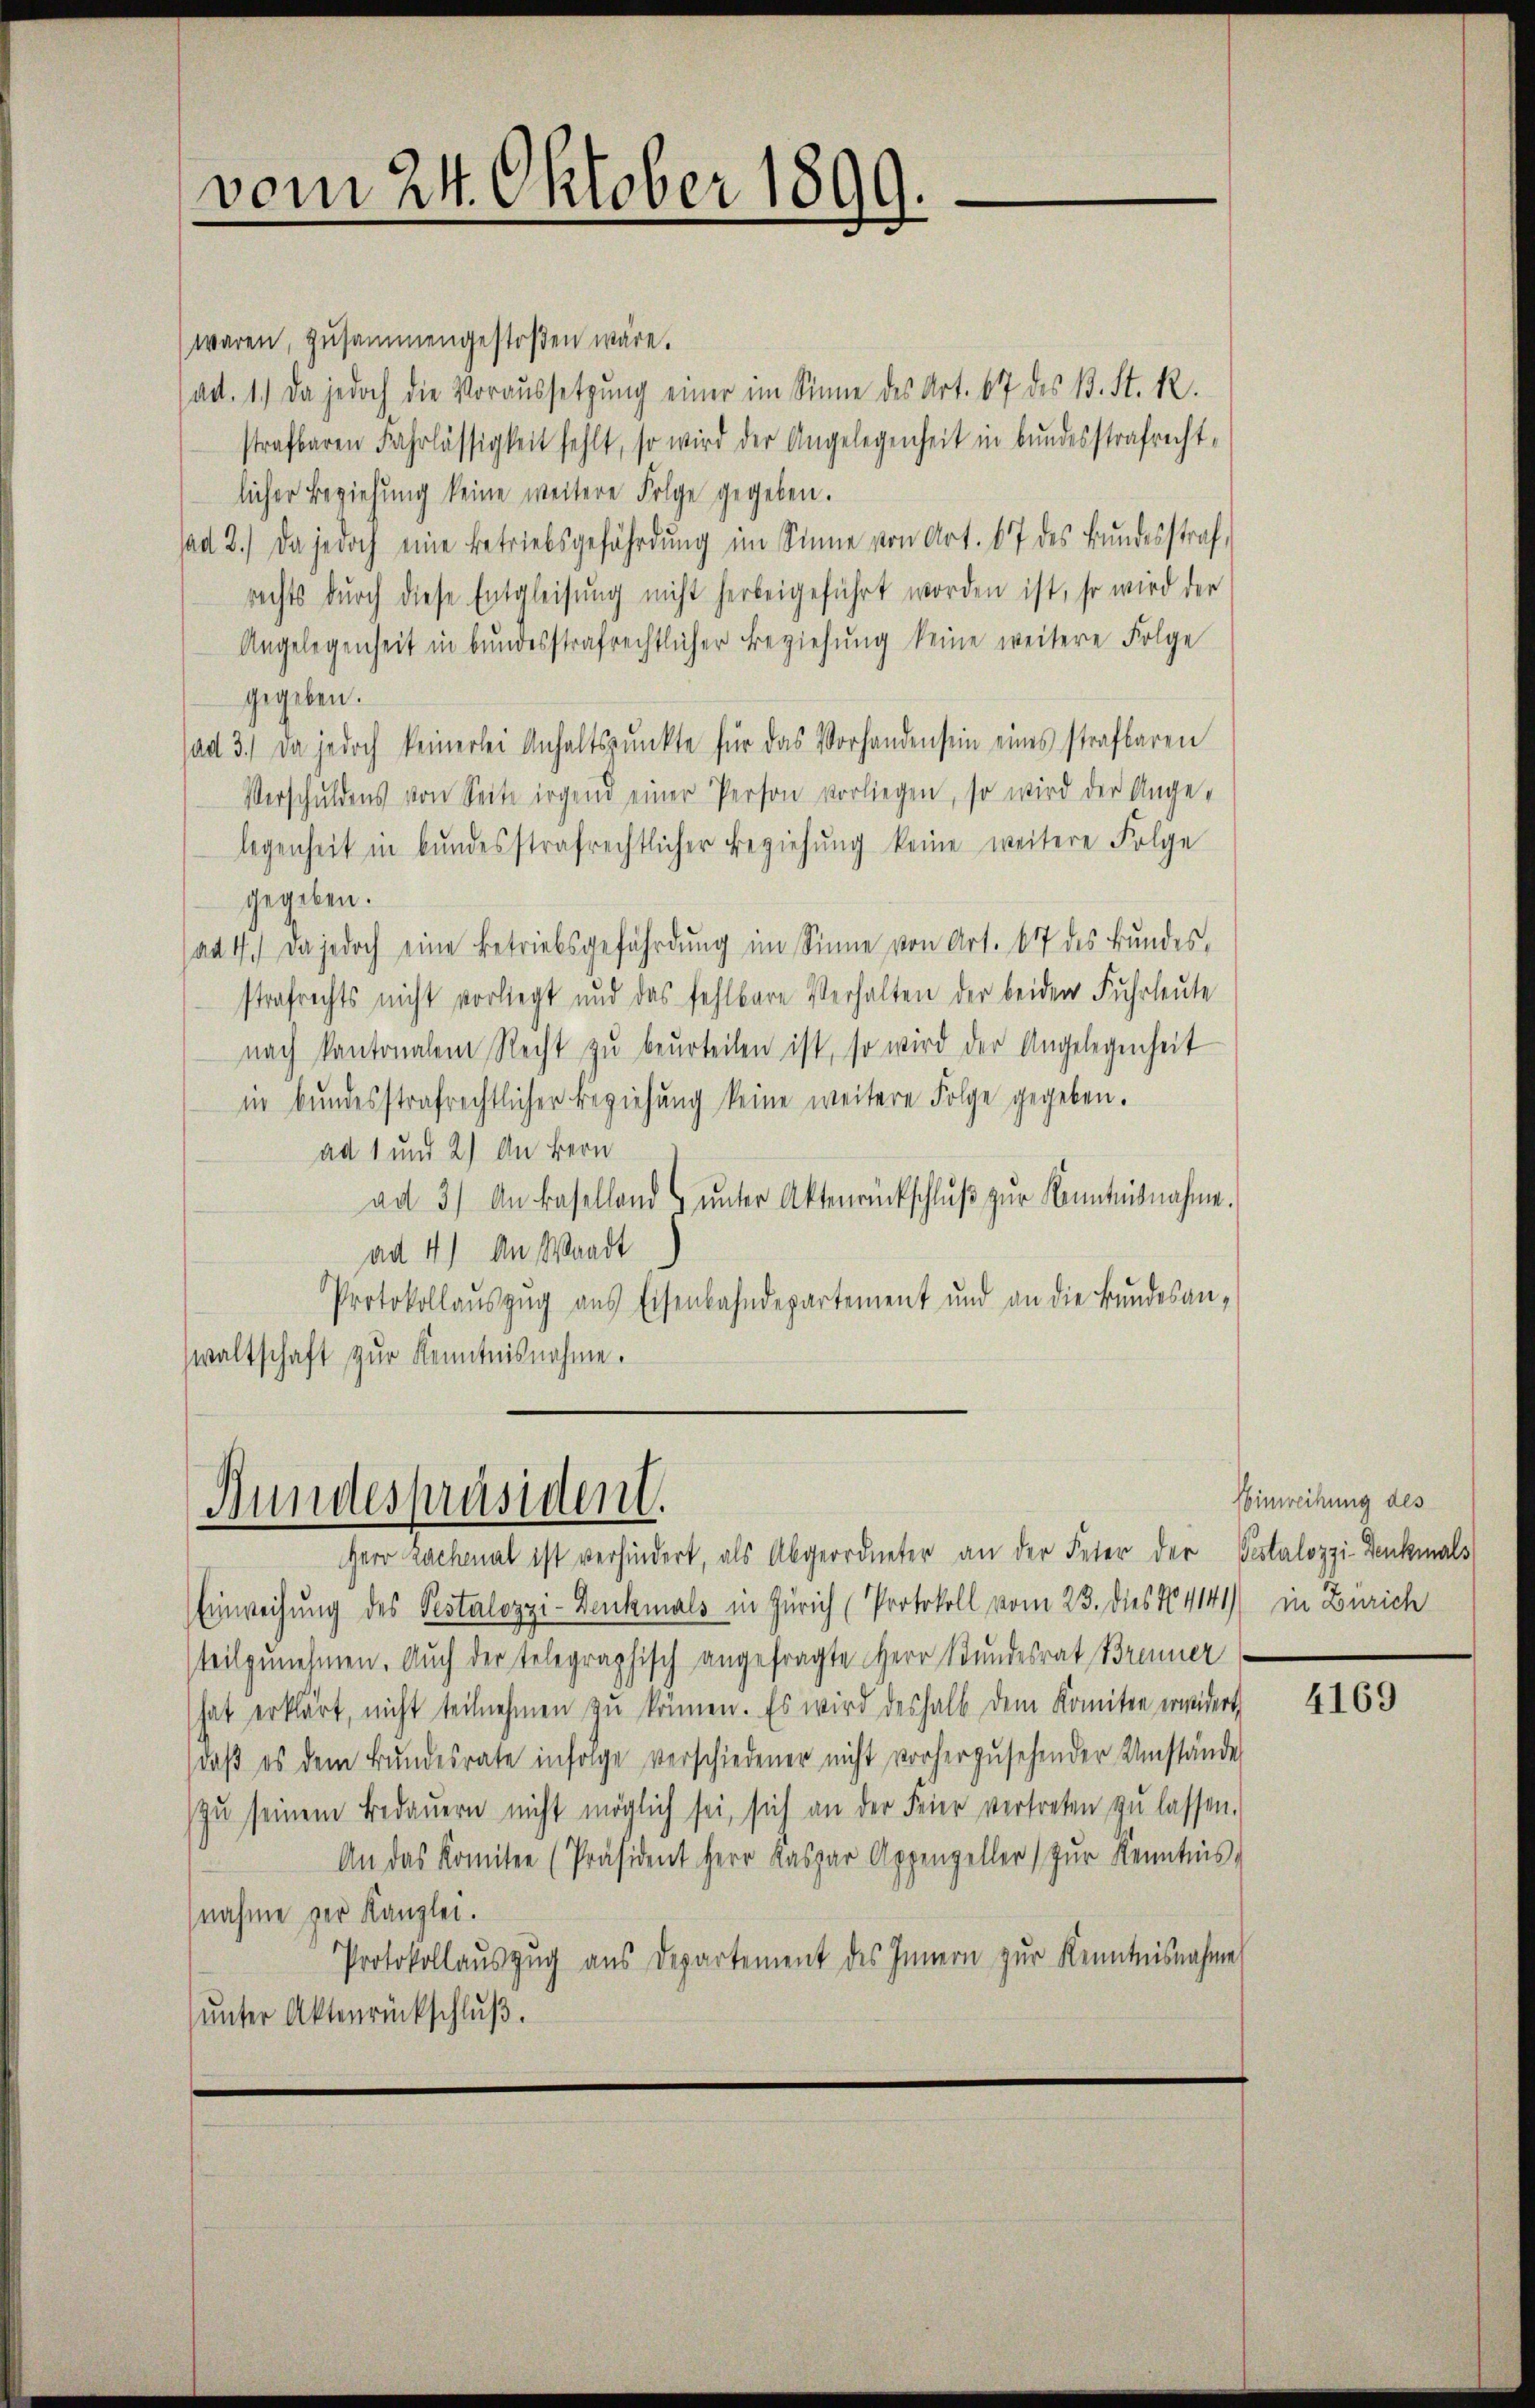
vom 24. Oktober 1899.

waren, zusammengestoßen wäre.
ad. 1.) Da jedoch die Voraussetzung einer im Sinne des Art. 67 des B. St. R.
strafbaren Fahrlässigkeit fehlt, so wird der Angelegenheit in bundesstrafrecht,
licher Beziehung keine weitere Folge gegeben.
ad 2.) Da jedoch eine betriebsgefährdŭng im Sinne von Art. 67 des Bŭndesstraf
rechts dŭrch diese Entgleisŭng nicht herbeigeführt worden ist, so wird der
Angelegenheit in bŭndesstrafrechtlicher Beziehŭng keine weitere Folge
gegeben.
sad 3.) Da jedoch keinerlei Anhaltspunkte für das Vorhandensein eines strafbaren
Verschuldens von Seite irgend einer Person vorliegen, so wird der Ange-
legenheit in bundesstrafrechtlicher Beziehung keine weitere Folge
gegeben.
ad 1.) Da jedoch eine Betriebsgefährdung im Sinne von Art. 67 des Bundes,
strafrechts nicht vorliegt und das fehlbare Verhalten der beider Fuhrleute
nach kantonalem Recht zŭ beŭrteilen ist, so wird der Angelegenheit
iie bundesstrafrechtlicher Beziehung keine weitere Folge gegeben.
ad 1 und 2) An Bern
ad 3.) An Baselland ŭnter Aktenrückschlŭβ zŭr Kenntnisnahme.
ad 4) An Waadt
Protokollauszug aus Eisenbahndepartement und an die Bundesan-
waltschaft zur Kenntnisnahme.

Wundespräsident.

Herr Lachenal ist verhindert, als Abgeordneter an der Feter der Pestalozzi-Denkmals
Einweisung des Pestalozzi-Denkmals in Zürich (Protokoll vom 23. dies No. 4141) in Zürich
teilzunehmen. Auch der telegraphisch angefragte Herr Stundesrat Brenner
hat erklärt, nicht teilnehmen zŭ können. Es wird deshalb dem Komiten erwidert,
daβ es dem Bŭndesrate infolge verschiedener nicht vorherzusehender Umstände
zŭ seinem Bedaŭern nicht möglich sei, sich an der Feier vertreten zŭ lassen.
An das Komitee (Präsident Herr Kaspar Appenzeller zŭr Kenntnis,
nahme der Kanzlei.
Protokollaŭszŭg ans Departement des Innern zŭr Kenntnisnahme
unter Aktenrückschluß.

Hinweihung des

4169